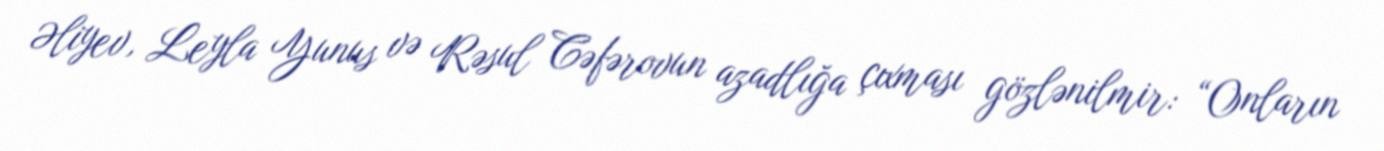
Əliyev, Leyla Yunus və Rəsul Cəfərovun azadlığa çıxması gözlənilmir: “Onların